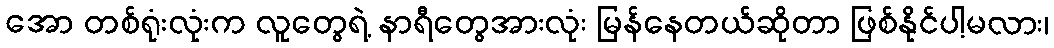
အော တစ်ရုံးလုံးက လူတွေရဲ့ နာရီတွေအားလုံး မြန်နေတယ်ဆိုတာ ဖြစ်နိုင်ပါ့မလား၊